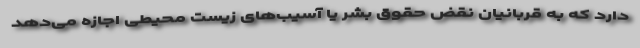
دارد که به قربانیان نقض حقوق بشر یا آسیب‌های زیست محیطی اجازه می‌دهد